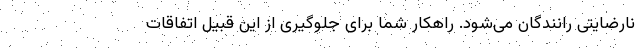
نارضایتی رانندگان می­شود. راهکار شما برای جلوگیری از این قبیل اتفاقات